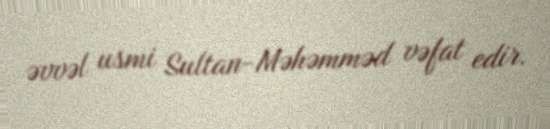
əvvəl usmi Sultan-Məhəmməd vəfat edir.